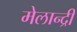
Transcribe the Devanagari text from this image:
मेलान्द्री